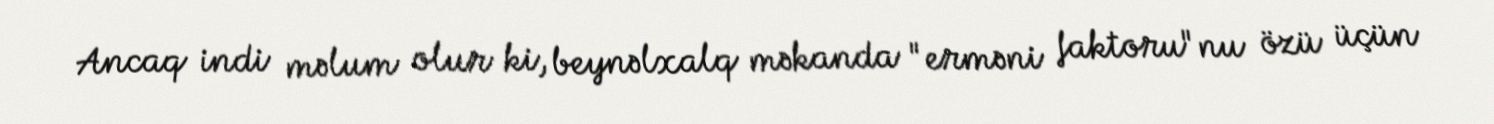
Ancaq indi məlum olur ki, beynəlxalq məkanda "erməni faktoru"nu özü üçün